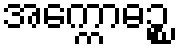
အက္ကောဓဉ္စ